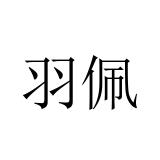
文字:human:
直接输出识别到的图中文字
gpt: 羽佩